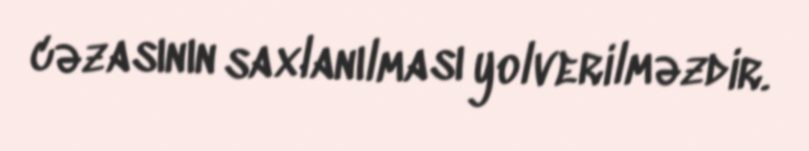
cəzasının saxlanılması yolverilməzdir.